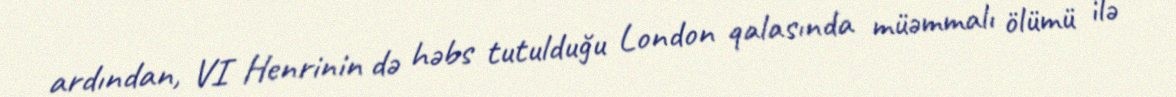
ardından, VI Henrinin də həbs tutulduğu London qalasında müəmmalı ölümü ilə